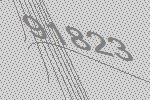
91823